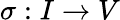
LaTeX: \sigma:I\rightarrow V